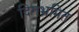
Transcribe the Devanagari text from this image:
दिगभ्रमित